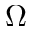
\Omega